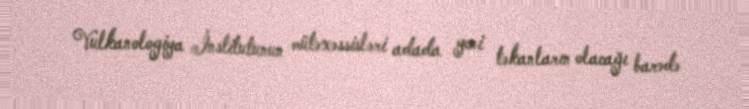
Vulkanologiya İnstitutunun mütəxəssisləri adada yeni təkanların olacağı barədə